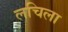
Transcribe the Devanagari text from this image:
लचिला